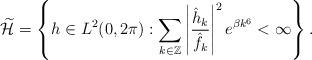
LaTeX: \begin{align*}\widetilde{\mathcal{H}}=\left\{h\in L^2(0,2\pi):\displaystyle\sum_{k\in\mathbb{Z}}\left|\frac{\hat{h}_k}{\hat{f}_k}\right|^2e^{\beta k^6}<\infty\right\}.\end{align*}